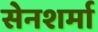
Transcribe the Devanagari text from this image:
सेनशर्मा